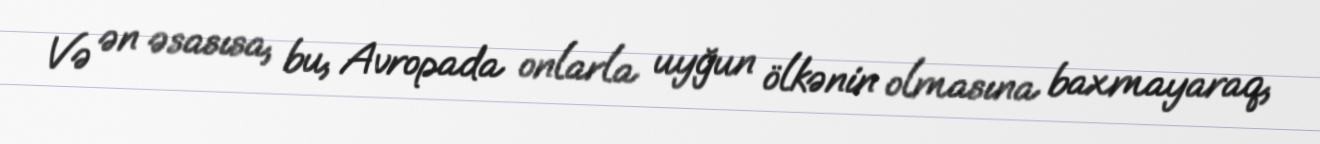
Və ən əsasısa, bu, Avropada onlarla uyğun ölkənin olmasına baxmayaraq,